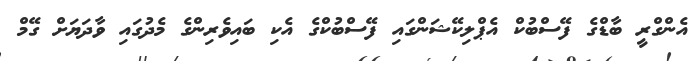
އެންގްރީ ބާޑްގެ ފޭސްބުކް އެޕްލިކޭޝަންގައި ފޭސްބުކްގެ އެކި ބައިވެރިންގެ މެދުގައި ވާދަޔަށް ގޭމް